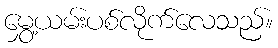
မွှေ့ယမ်းပစ်လိုက်လေသည်။